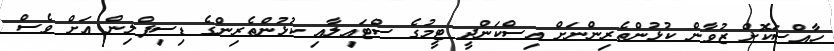
ހާއްސަކޮށް ޒުވާން ކުޅުންތެރިންނަށް އިސްކަންދީ ޓީމުގެ ސްޓައިލާއި ކުޅުންތެރިންގެ ޑިސިޕްލިން އަށް ވެސް